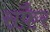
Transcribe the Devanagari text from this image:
सफैर